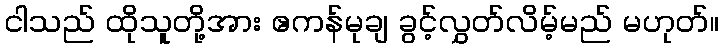
ငါသည် ထိုသူတို့အား ဧကန်မုချ ခွင့်လွှတ်လိမ့်မည် မဟုတ်။